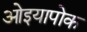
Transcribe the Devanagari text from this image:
ओइयापोक